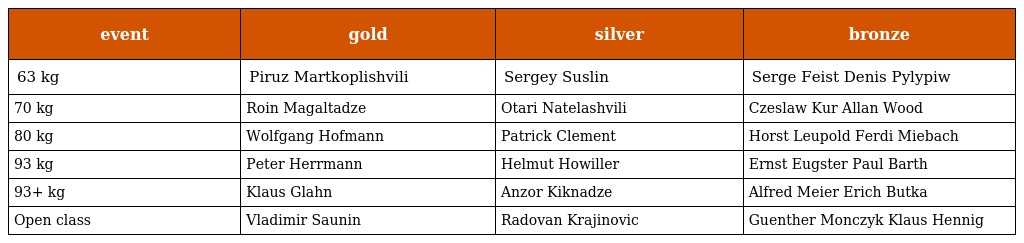
| event | gold | silver | bronze |
 | --- | --- | --- | --- |
 | 63 kg | Piruz Martkoplishvili | Sergey Suslin | Serge Feist Denis Pylypiw |
 | 70 kg | Roin Magaltadze | Otari Natelashvili | Czeslaw Kur Allan Wood |
 | 80 kg | Wolfgang Hofmann | Patrick Clement | Horst Leupold Ferdi Miebach |
 | 93 kg | Peter Herrmann | Helmut Howiller | Ernst Eugster Paul Barth |
 | 93+ kg | Klaus Glahn | Anzor Kiknadze | Alfred Meier Erich Butka |
 | Open class | Vladimir Saunin | Radovan Krajinovic | Guenther Monczyk Klaus Hennig |